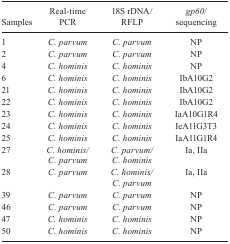
<table><thead><tr><td><b>Samples</b></td><td><b>Real-time PCR</b></td><td><b>18S rDNA/ RFLP</b></td><td><b><i>gp60</i>/ sequencing</b></td></tr></thead><tbody><tr><td>1</td><td><i>C. parvum</i></td><td><i>C. parvum</i></td><td>NP</td></tr><tr><td>2</td><td><i>C. parvum</i></td><td><i>C. parvum</i></td><td>NP</td></tr><tr><td>4</td><td><i>C. hominis</i></td><td><i>C. hominis</i></td><td>NP</td></tr><tr><td>6</td><td><i>C. hominis</i></td><td><i>C. hominis</i></td><td>IbA10G2</td></tr><tr><td>21</td><td><i>C. hominis</i></td><td><i>C. hominis</i></td><td>IbA10G2</td></tr><tr><td>22</td><td><i>C. hominis</i></td><td><i>C. hominis</i></td><td>IbA10G2</td></tr><tr><td>23</td><td><i>C. hominis</i></td><td><i>C. hominis</i></td><td>IaA10G1R4</td></tr><tr><td>24</td><td><i>C. hominis</i></td><td><i>C. hominis</i></td><td>IeA11G3T3</td></tr><tr><td>25</td><td><i>C. hominis</i></td><td><i>C. hominis</i></td><td>IaA11G1R4</td></tr><tr><td>27</td><td><i>C. hominis/ C. parvum</i></td><td><i>C. parvum/ C. hominis</i></td><td>Ia, IIa</td></tr><tr><td>28</td><td><i>C. parvum</i></td><td><i>C. hominis/ C. parvum</i></td><td>Ia, IIa</td></tr><tr><td>39</td><td><i>C. parvum</i></td><td><i>C. parvum</i></td><td>NP</td></tr><tr><td>46</td><td><i>C. parvum</i></td><td><i>C. parvum</i></td><td>NP</td></tr><tr><td>47</td><td><i>C. hominis</i></td><td><i>C. hominis</i></td><td>NP</td></tr><tr><td>50</td><td><i>C. hominis</i></td><td><i>C. hominis</i></td><td>NP</td></tr></tbody></table>